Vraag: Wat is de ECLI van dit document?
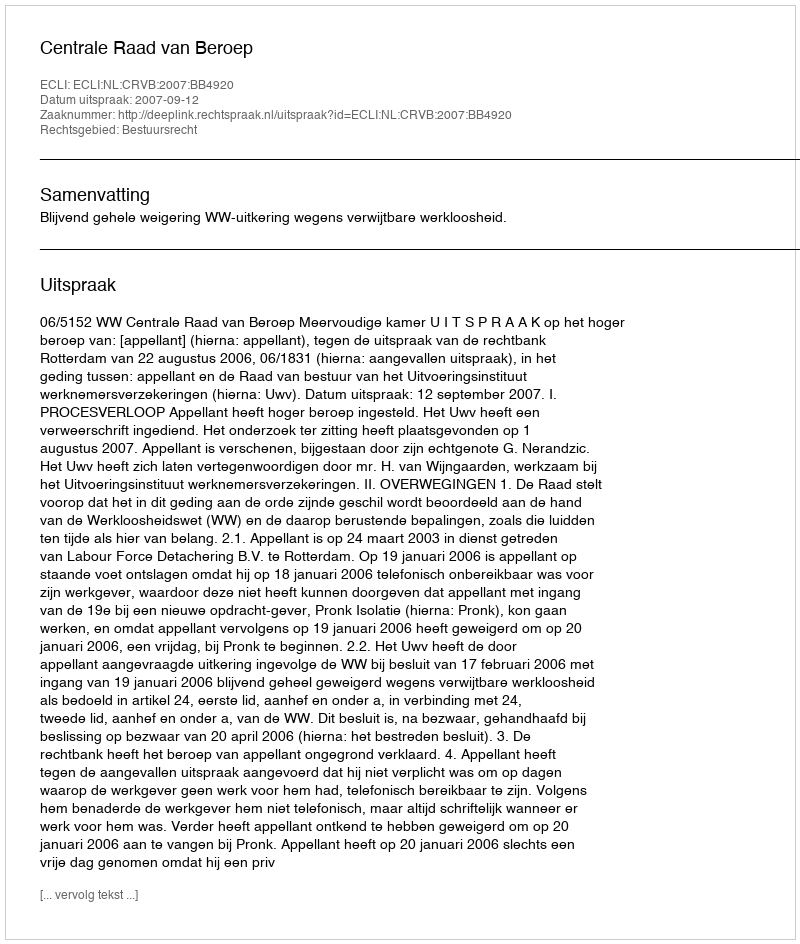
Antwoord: ECLI:NL:CRVB:2007:BB4920